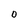
Character: O